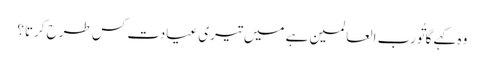
وہ کہے گا تُورب العالمین ہے میں تیری عیادت کس طرح کرتا؟